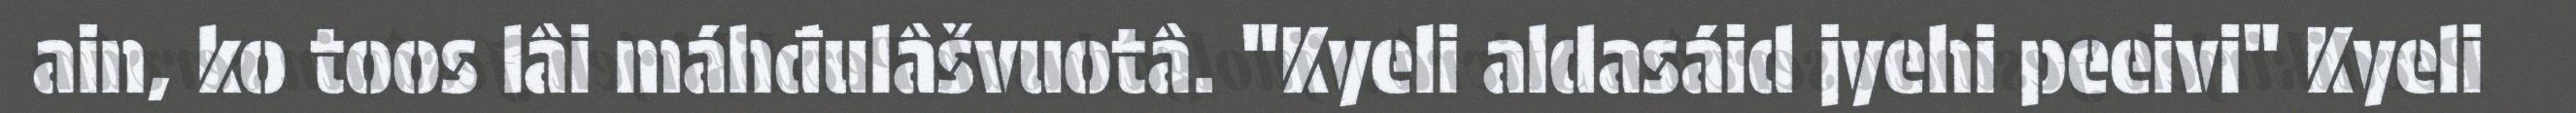
ain, ko toos lâi máhđulâšvuotâ. "Kyeli aldasáid jyehi peeivi" Kyeli